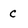
Character: c